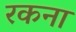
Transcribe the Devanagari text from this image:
रकना